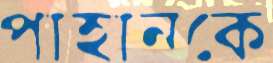
পাহানকে